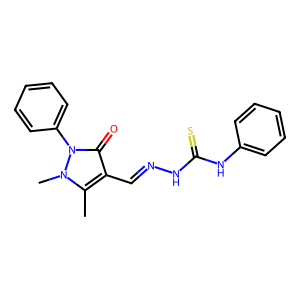
SMILES: Cc1c(C=NNC(=S)Nc2ccccc2)c(=O)n(-c2ccccc2)n1C
Inhibits HIV replication: No